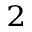
_ 2